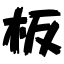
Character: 板